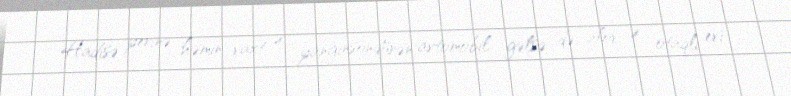
Hadisə yerinə həmin vaxt 4 yanğınsöndürən avtomobil gəlsə də, alov 4 otaqlı evi